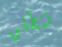
ننطلق